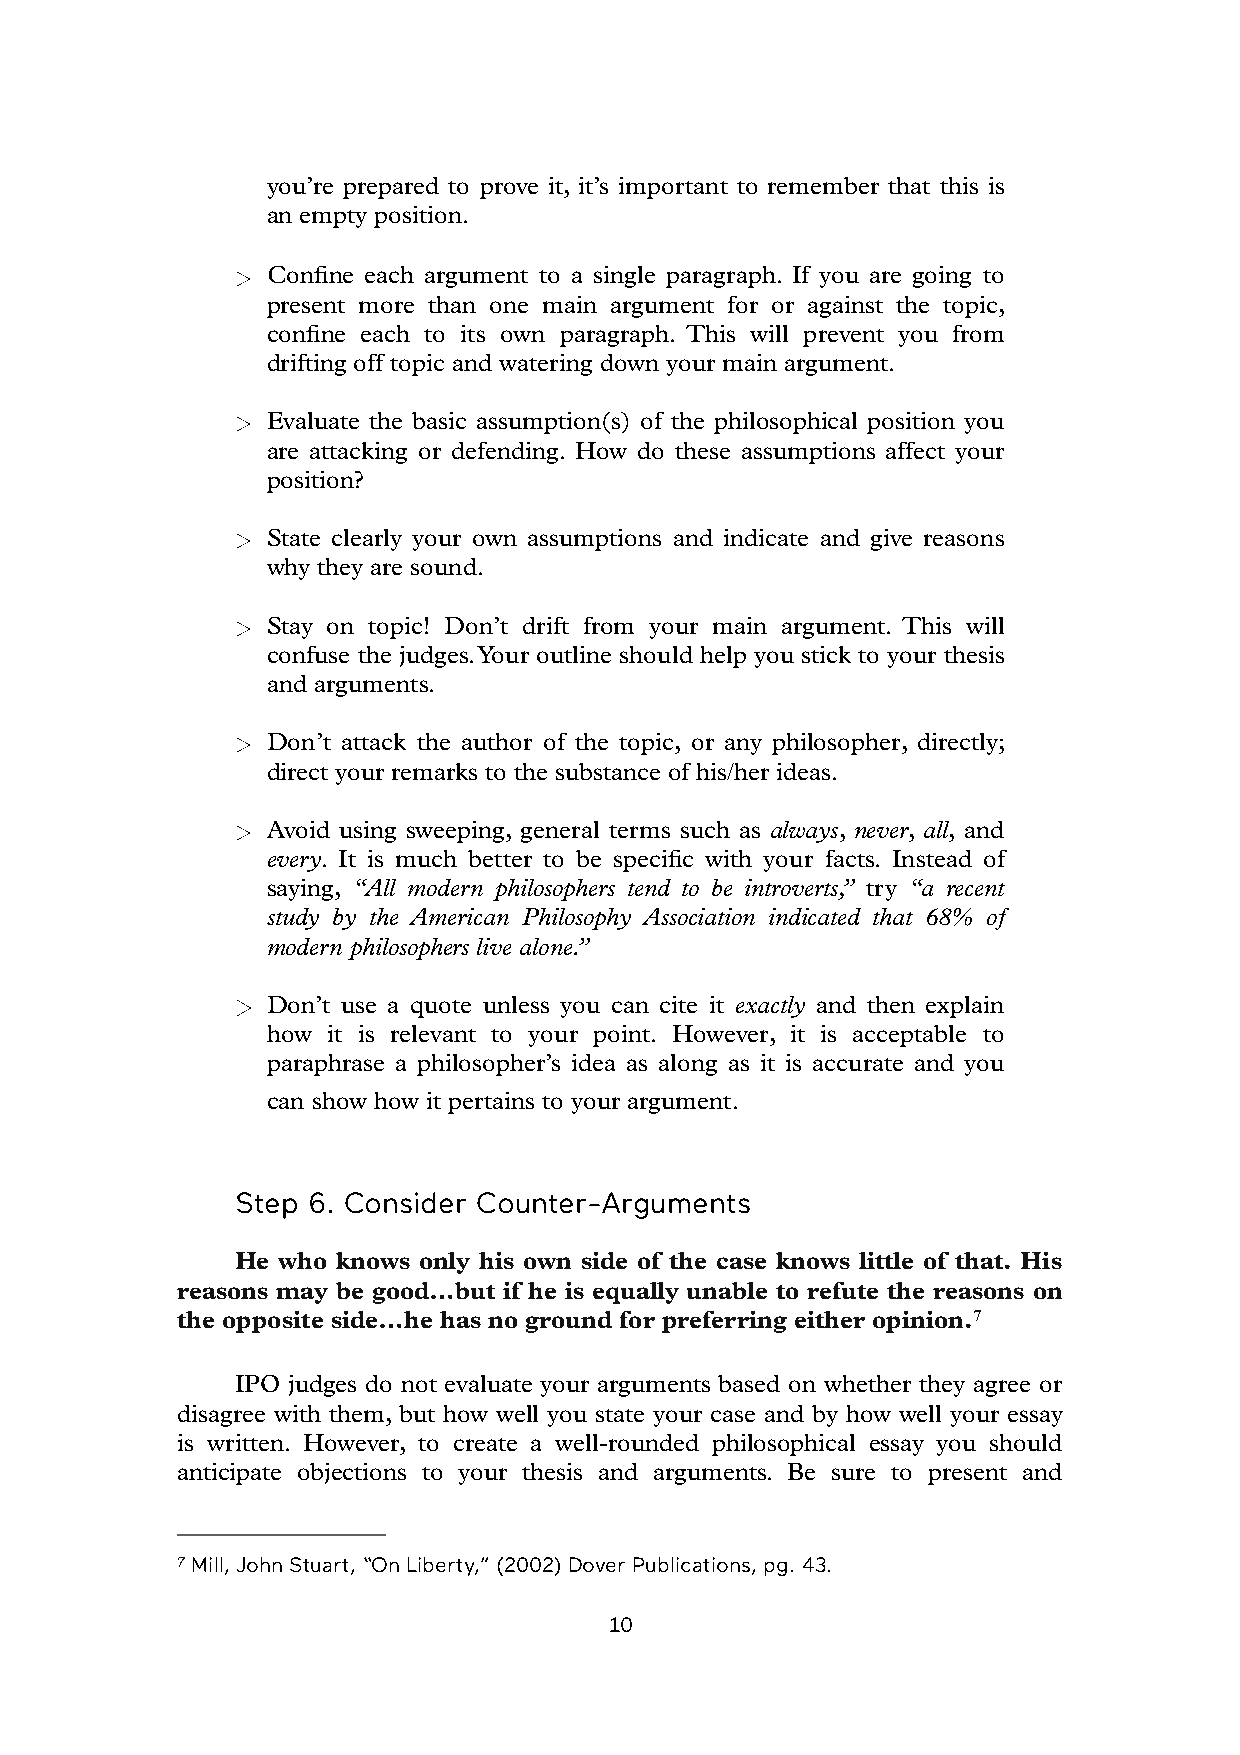
you’re prepared to prove it, it’s important to remember that this is
 an empty position.
 Confine each argument to a single paragraph. If you are going to
 present more than one main argument for or against the topic,
 confine each to its own paragraph. This will prevent you from
 drifting off topic and watering down your main argument.
 Evaluate the basic assumption(s) of the philosophical position you
 are attacking or defending. How do these assumptions affect your
 position?
 State clearly your own assumptions and indicate and give reasons
 why they are sound.
 Stay on topic! Don’t drift from your main argument. This will
 confuse the judges. Your outline should help you stick to your thesis
 and arguments.
 Don’t attack the author of the topic, or any philosopher, directly;
 direct your remarks to the substance of his/her ideas.
 Avoid using sweeping, general terms such as always, never, all, and
 every. It is much better to be specific with your facts. Instead of
 saying, “All modern philosophers tend to be introverts,” try “a recent
 study by the American Philosophy Association indicated that 68% of
 modern philosophers live alone.”
 Don’t use a quote unless you can cite it exactly and then explain
 how it is relevant to your point. However, it is acceptable to
 paraphrase a philosopher’s idea as along as it is accurate and you
 can show how it pertains to your argument.
 Step 6. Consider Counter-Arguments
 He who knows only his own side of the case knows little of that. His
 reasons may be good…but if he is equally unable to refute the reasons on
 the opposite side…he has no ground for preferring either opinion.7
 IPO judges do not evaluate your arguments based on whether they agree or
 disagree with them, but how well you state your case and by how well your essay
 is written. However, to create a well-rounded philosophical essay you should
 anticipate objections to your thesis and arguments. Be sure to present and
 7 Mill, John Stuart, “On Liberty,” (2002) Dover Publications, pg. 43.
 10